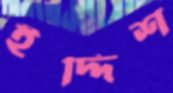
ইদ্দিশ